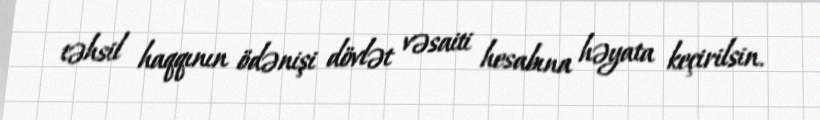
təhsil haqqının ödənişi dövlət vəsaiti hesabına həyata keçirilsin.